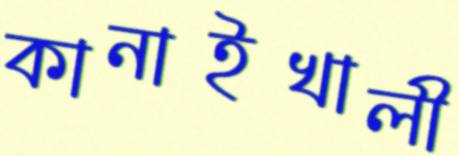
কানাইখালী